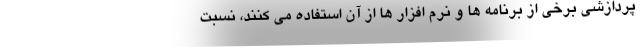
پردازشی برخی از برنامه ها و نرم افزار ها از آن استفاده می کنند، نسبت